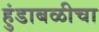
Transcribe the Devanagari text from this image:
हुंडाबळीचा